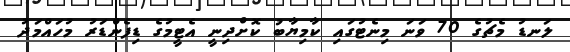
ލަނޑު މެޗުގެ 70 ވަނަ މިނެޓުގައި ކާމިޔާބު ކޮށްދިނީ އެޓީމުގެ ޑިފެންޑަރު މުހައްމަދު